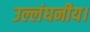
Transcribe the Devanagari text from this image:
उल्लंघनीय।